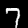
Label: 7